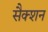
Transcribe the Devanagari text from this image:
सैक्‍शन